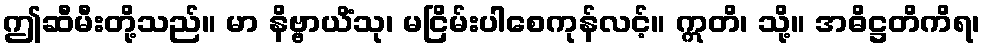
ဤဆီမီးတို့သည်။ မာ နိဗ္ဗာယိံသု၊ မငြိမ်းပါစေကုန်လင့်။ ဣတိ၊ သို့။ အဓိဋ္ဌတိကိရ၊